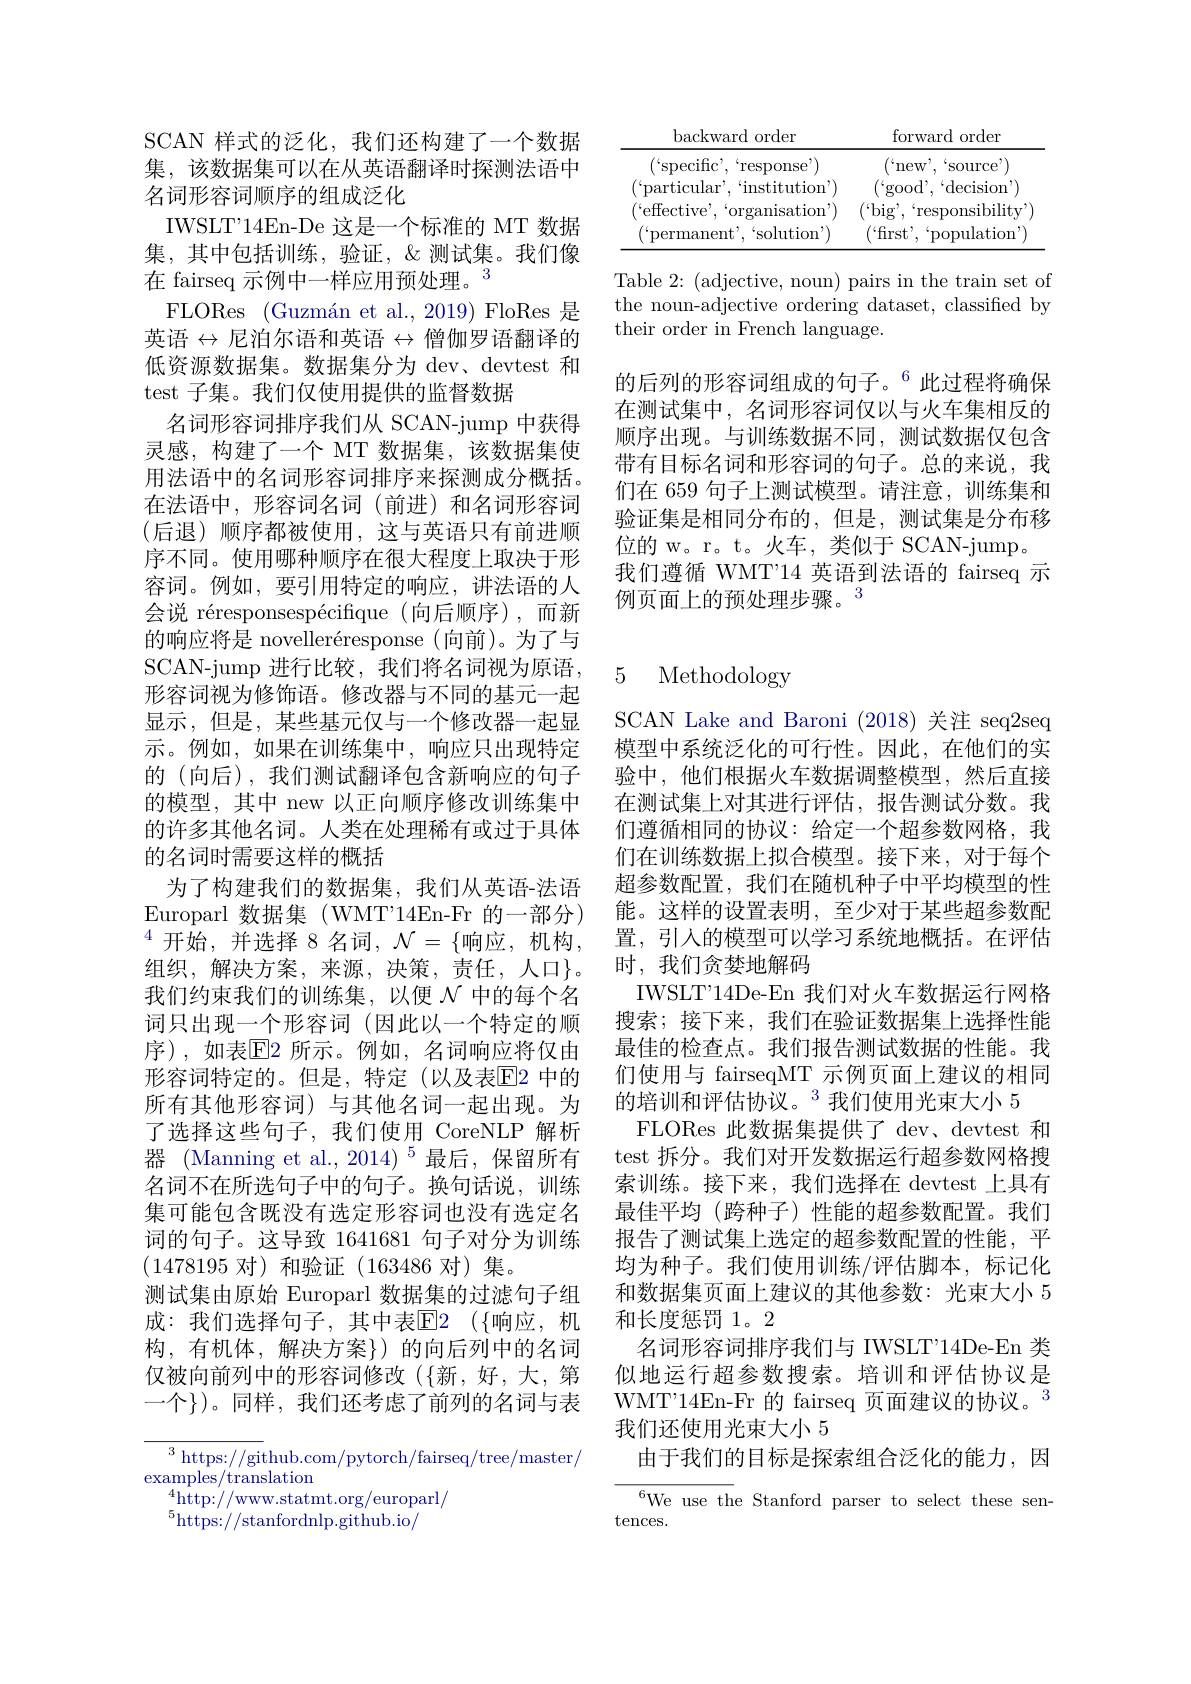
<table>
	<tbody>
		<tr>
			<th>backward order</th>
			<th>forward order</th>
		</tr>
		<tr>
			<td>( ` specific, ` response</td>
			<td>new source</td>
		</tr>
		<tr>
			<td>particular',“institution’)</td>
			<td>good, $`$decision</td>
		</tr>
		<tr>
			<td>$`$effective, $^{.}$organisation')</td>
			<td>$^{\prime}$big responsibility</td>
		</tr>
		<tr>
			<td>permanent',‘solution’)</td>
			<td>$^{'`}$frst, population</td>
		</tr>
	</tbody>
</table>

Table 2: (adjective, noun) pairs in the train set of the noun-adjective ordering dataset, classified by their order in French language.

的后列的形容词组成的句子。$^{6}$此过程将确保在测试集中，名词形容词仅以与火车集相反的顺序出现。与训练数据不同，测试数据仅包含带有目标名词和形容词的句子。总的来说，我们在 659 句子上测试模型。请注意，训练集和验证集是相同分布的，但是，测试集是分布移位的 w。r。t。火车，类似于 SCAN-jump。
我们遵循 WMT'14 英语到法语的 fairseq 示
例页面上的预处理步骤。3

SCAN 样式的泛化，我们还构建了一个数据集，该数据集可以在从英语翻译时探测法语中名词形容词顺序的组成泛化
IWSLT'14En-De 这是一个标准的 MT 数据集，其中包括训练，验证，&测试集。我们像在 fairseq 示例中一样应用预处理。$^{3}$
FLORes (Guzmán et al., 2019) FloRes 是英语$\leftrightarrow$尼泊尔语和英语$\leftrightarrow$僧伽罗语翻译的低资源数据集。数据集分为 dev、devtest 和test 子集。我们仅使用提供的监督数据
名词形容词排序我们从 SCAN-jump 中获得灵感，构建了一个 MT 数据集，该数据集使用法语中的名词形容词排序来探测成分概括。在法语中，形容词名词(前进)和名词形容词(后退)顺序都被使用，这与英语只有前进顺序不同。使用哪种顺序在很大程度上取决于形容词。例如，要引用特定的响应，讲法语的人会说 réresponsespécifique (向后顺序),而新的响应将是 novelleréresponse (向前)。为了与SCAN-jump 进行比较，我们将名词视为原语， 形容词视为修饰语。修改器与不同的基元一起显示，但是，某些基元仅与一个修改器一起显示。例如，如果在训练集中，响应只出现特定的 (向后), 我们测试翻译包含新响应的句子的模型，其中 new 以正向顺序修改训练集中的许多其他名词。人类在处理稀有或过于具体的名词时需要这样的概括
为了构建我们的数据集，我们从英语-法语Europarl 数据集 (WMT'14En-Fr 的一部分) $^{4}\hat{\text{开 始 , 并 选 择 8 名 词 }} , \mathcal{N} = \{$响应，机构， 组织，解决方案，来源，决策，责任，人口$\}$。我们约束我们的训练集，以便$\mathcal{N}$中的每个名词只出现一个形容词(因此以一个特定的顺序),如表$\overline{\mathrm{E}}$2 所示。例如，名词响应将仅由形容词特定的。但是，特定(以及表$\overline{\mathrm{E}}$2 中的所有其他形容词)与其他名词一起出现。为了选择这些句子，我们使用 CoreNLP 解析器 (Manning et al.,2014)$^{5}$最后，保留所有名词不在所选句子中的句子。换句话说，训练集可能包含既没有选定形容词也没有选定名词的句子。这导致 1641681 句子对分为训练(1478195对)和验证(163486 对)集。
测试集由原始 Europarl 数据集的过滤句子组成：我们选择句子，其中表$\overline {\mathrm{E} }2$ $( \{$响应，机构，有机体，解决方案$\}$)的向后列中的名词仅被向前列中的形容词修改($\{新，好，大，第$ 一个})。同样，我们还考虑了前列的名词与表${\overline{{^3}\text{https://git}}}$hub.com/pytorch/fairseq/tree/master/

examples/translation
$^{4}$http://www.statmt.org/europarl/
$^{5}$https://stanfordnlp.github.io/

## 5 Methodology

SCAN Lake and Baroni (2018) 关注 seq2seq 模型中系统泛化的可行性。因此，在他们的实验中，他们根据火车数据调整模型，然后直接在测试集上对其进行评估，报告测试分数。我们遵循相同的协议：给定一个超参数网格，我们在训练数据上拟合模型。接下来，对于每个超参数配置，我们在随机种子中平均模型的性能。这样的设置表明，至少对于某些超参数配置，引人的模型可以学习系统地概括。在评估时，我们贪婪地解码
IWSLT"14De-En 我们对火车数据运行网格搜索；接下来，我们在验证数据集上选择性能最佳的检查点。我们报告测试数据的性能。我们使用与 fairseqMT 示例页面上建议的相同的培训和评估协议。$^{3}$我们使用光束大小 5
FLORes 此数据集提供了 dev、devtest 和test 拆分。我们对开发数据运行超参数网格搜索训练。接下来，我们选择在 devtest 上具有最佳平均(跨种子)性能的超参数配置。我们报告了测试集上选定的超参数配置的性能，平均为种子。我们使用训练/评估脚本，标记化和数据集页面上建议的其他参数：光束大小 5和长度惩罚 1。2
名词形容词排序我们与 IWSLT'14De-En 类似地运行超参数搜索。培训和评估协议是WMT'14En-Fr 的 fairseq 页面建议的协议。$^{3}$ 我们还使用光束大小 5
由于我们的目标是探索组合泛化的能力，因${{}^{6}\text{We use th}}$e Stanford parser to select these sen-

tences.